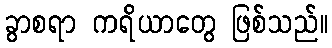
ခွာစရာ ကရိယာတွေ ဖြစ်သည်။